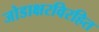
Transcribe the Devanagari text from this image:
जोडाक्षरविरहित